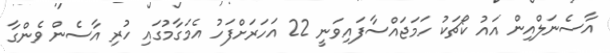
އާސެނަލްއިން އައު ކޯޗަކު ހަމަޖައްސާފައިވަނީ 22 އަހަރަށްފަހު އެމަގާމުގައި ހުރި އާސެން ވެންގާ